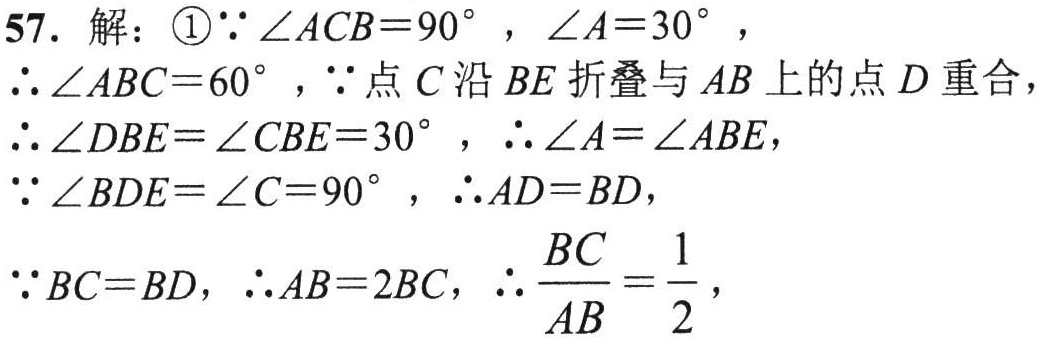
57. 解：\textcircled{1}$\because\angle ACB = 90^{\circ}$，$\angle A = 30^{\circ}$，
$\therefore\angle ABC = 60^{\circ}$，$\because$点$C$沿$BE$折叠与$AB$上的点$D$重合，
$\therefore\angle DBE=\angle CBE = 30^{\circ}$，$\therefore\angle A=\angle ABE$，
$\because\angle BDE=\angle C = 90^{\circ}$，$\therefore AD = BD$，
$\because BC = BD$，$\therefore AB = 2BC$，$\therefore\frac{BC}{AB}=\frac{1}{2}$，